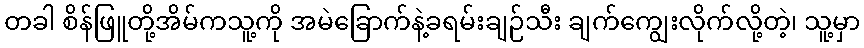
တခါ စိန်ဖြူတို့အိမ်ကသူ့ကို အမဲခြောက်နဲ့ခရမ်းချဉ်သီး ချက်ကျွေးလိုက်လို့တဲ့၊ သူ့မှာ